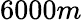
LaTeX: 6000m